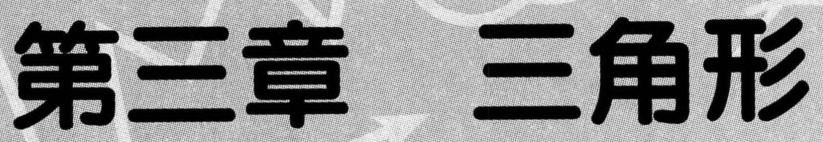
第三章 三角形